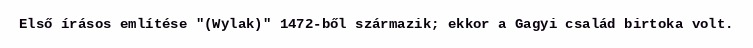
Első írásos említése "(Wylak)" 1472-ből származik; ekkor a Gagyi család birtoka volt.